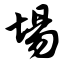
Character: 埸